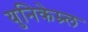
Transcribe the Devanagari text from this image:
युनिकेम्र्ल